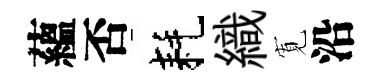
蘊否耗織𡩖沿